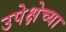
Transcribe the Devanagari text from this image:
उपेक्षेच्या